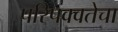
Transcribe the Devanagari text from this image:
परिपक्वतेचा